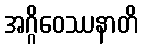
အဂ္ဂိဝေဿနာတိ